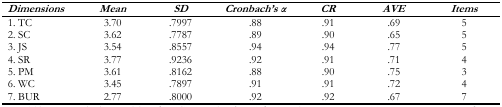
<table><thead><tr><td><b><i>Dimensions</i></b></td><td><b><i>Mean</i></b></td><td><b><i>SD</i></b></td><td><b><i>Cronbach’s α</i></b></td><td><b><i>CR</i></b></td><td><b><i>AVE</i></b></td><td><b><i>Items</i></b></td></tr></thead><tbody><tr><td>1. TC</td><td>3.70</td><td>.7997</td><td>.88</td><td>.91</td><td>.69</td><td>5</td></tr><tr><td>2. SC</td><td>3.62</td><td>.7787</td><td>.89</td><td>.90</td><td>.65</td><td>5</td></tr><tr><td>3. JS</td><td>3.54</td><td>.8557</td><td>.94</td><td>.94</td><td>.77</td><td>5</td></tr><tr><td>4. SR</td><td>3.77</td><td>.9236</td><td>.92</td><td>.91</td><td>.71</td><td>4</td></tr><tr><td>5. PM</td><td>3.61</td><td>.8162</td><td>.88</td><td>.90</td><td>.75</td><td>3</td></tr><tr><td>6. WC</td><td>3.45</td><td>.7897</td><td>.91</td><td>.91</td><td>.72</td><td>4</td></tr><tr><td>7. BUR</td><td>2.77</td><td>.8000</td><td>.92</td><td>.92</td><td>.67</td><td>7</td></tr></tbody></table>